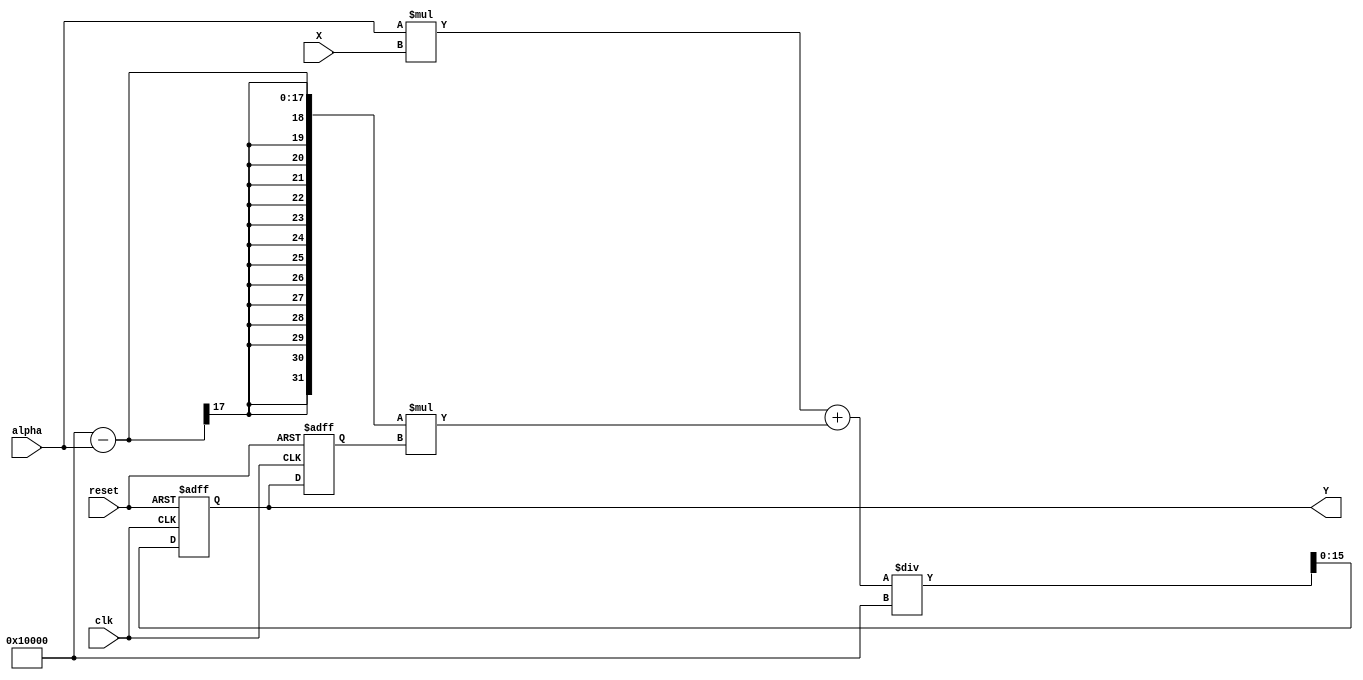
module ExponentialMovingAverage (
    input wire clk, // Clock input
    input wire reset, // Reset input
    input wire [15:0] X, // Input value
    input wire [15:0] alpha, // Smoothing factor
    output reg [15:0] Y // Output moving average
);

reg [15:0] Y_prev;

always @(posedge clk or posedge reset) begin
    if (reset) begin
        Y <= 0;
        Y_prev <= 0;
    end else begin
        Y <= (alpha * X + (65536 - alpha) * Y_prev) / 65536; // Perform fixed-point arithmetic
        Y_prev <= Y;
    end
end

endmodule